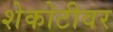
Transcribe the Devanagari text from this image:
शेकोटीवर